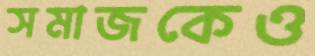
সমাজকেও